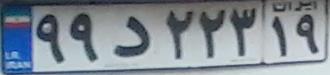
۹۹د۲۲۳۱۹